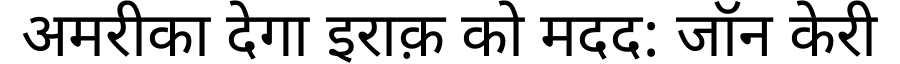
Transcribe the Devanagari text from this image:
अमरीका देगा इराक़ को मदद: जॉन केरी